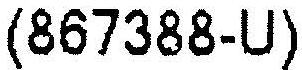
(867388-U)